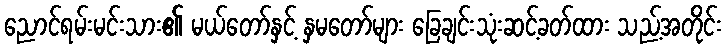
ညောင်ရမ်းမင်းသား၏ မယ်တော်နှင့် နှမတော်များ ခြေချင်းသုံးဆင့်ခတ်ထား သည့်အတိုင်း